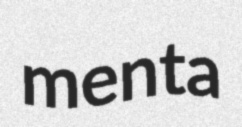
menta